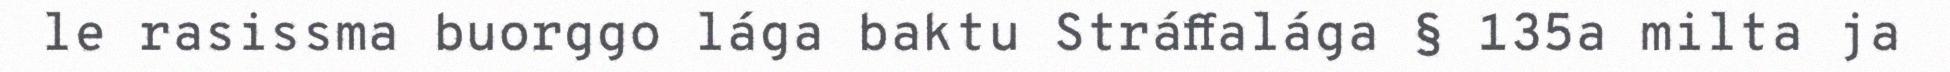
le rasissma buorggo lága baktu Stráffalága § 135a milta ja